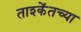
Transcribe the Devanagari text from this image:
ताश्केंतच्या